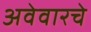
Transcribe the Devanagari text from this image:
अवेवारचे